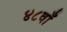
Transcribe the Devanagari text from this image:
४८वाँ